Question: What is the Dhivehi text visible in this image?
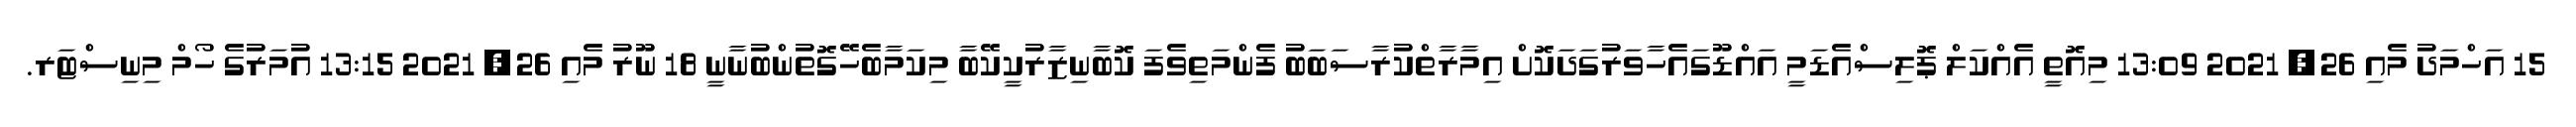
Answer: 15 އަހްމަދު މެއި 26, 2021 13:09 މިއޮތީ އެއްކަލް ޕޮލިސްއެޑަމީ އައްޑޫގައެހާވަރުގަދަކޮށް އިމާރާތްކުރާސަބަބު ފެންމަތިވެފަ ކޮބާނިޒާރުކީކޭބާ މިކަމާބެހޭގޮތުންބުނާނީ 18 ނޫރު މެއި 26, 2021 13:15 އުމަރުގެ ހޯމް މިނިސްޓަރ.